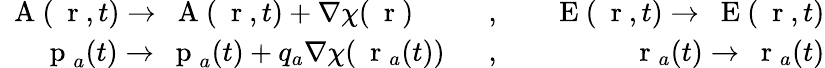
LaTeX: \begin{array}{rlr}{\mathrm{~\mathbf~A~}(\mathrm{~\mathbf~r~},t)\to\mathrm{~\mathbf~A~}(\mathrm{~\mathbf~r~},t)+\nabla\chi(\mathrm{~\mathbf~r~})\; \; \; \; \; \; }&{{},}&{\; \; \, \mathrm{~\mathbf~E~}(\mathrm{~\mathbf~r~},t)\to\mathrm{~\mathbf~E~}(\mathrm{~\mathbf~r~},t)}\\ {\; \; \; \mathrm{~\mathbf~p~}_{a}(t)\to\mathrm{~\mathbf~p~}_{a}(t)+q_{a}\nabla\chi(\mathrm{~\mathbf~r~}_{a}(t))\; \; }&{{},}&{\; \; \; \mathrm{~\mathbf~r~}_{a}(t)\to\mathrm{~\mathbf~r~}_{a}(t)}\end{array}